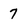
Character: 7